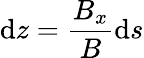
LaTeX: \mathrm{d}z=\frac{{B_{x}}}{{B}}\mathrm{d}s